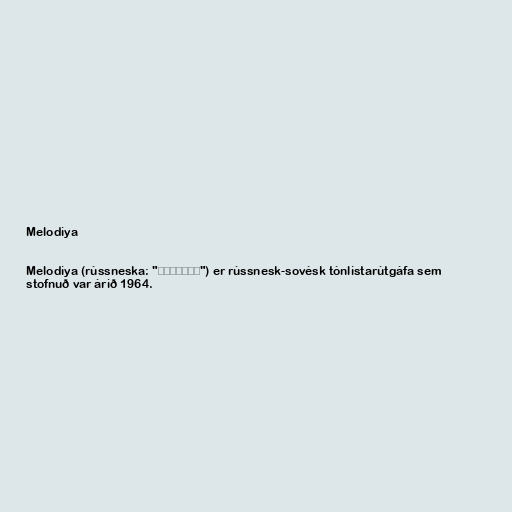
Melodiya

Melodiya (rússneska: "Мелодия") er rússnesk-sovésk tónlistarútgáfa sem
stofnuð var árið 1964.